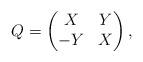
LaTeX: \begin{align*} Q = \begin{pmatrix} X & Y \\ -Y & X \end{pmatrix},\end{align*}